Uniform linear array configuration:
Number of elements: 64
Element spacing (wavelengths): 0.5
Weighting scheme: uniform
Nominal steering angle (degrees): -15
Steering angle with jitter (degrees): -15.065
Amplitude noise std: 0.05
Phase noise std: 0.05

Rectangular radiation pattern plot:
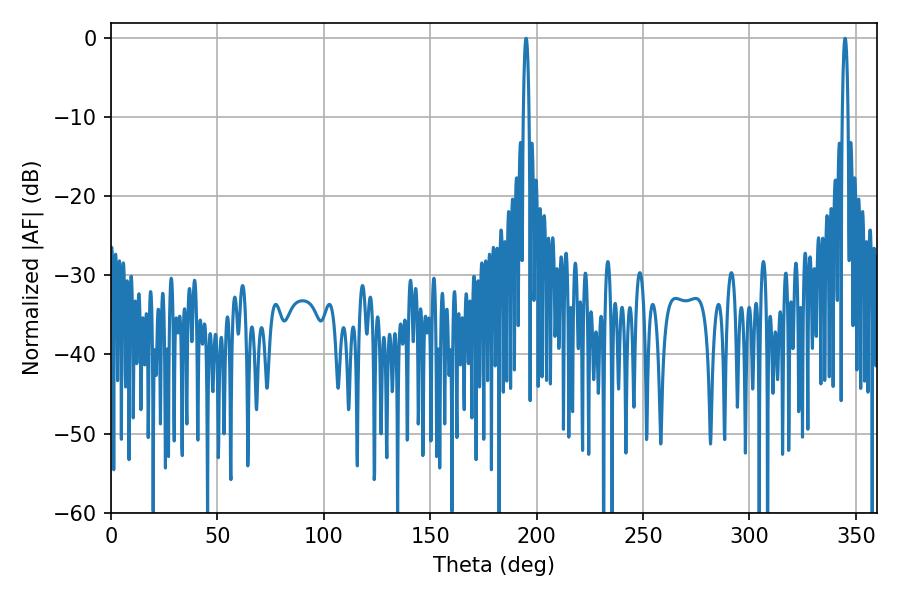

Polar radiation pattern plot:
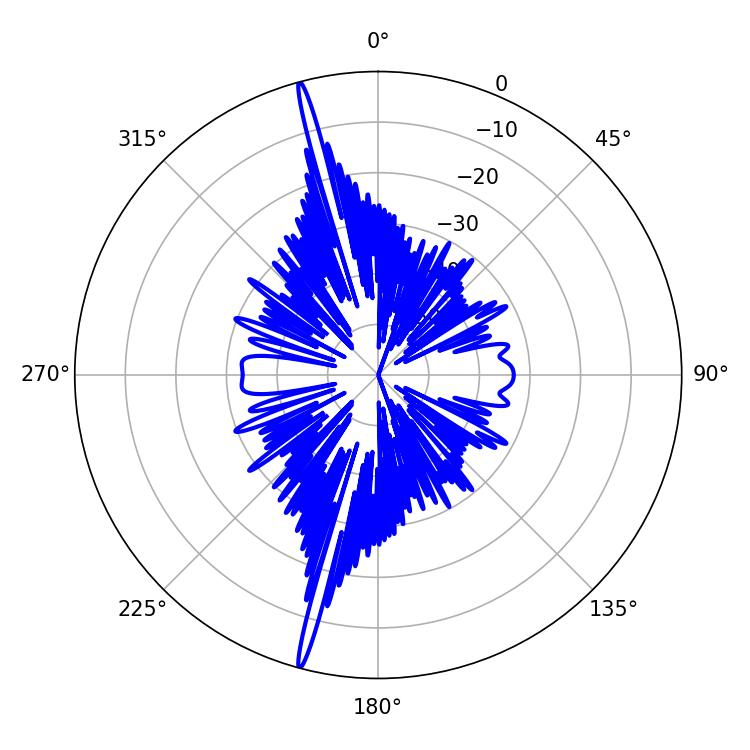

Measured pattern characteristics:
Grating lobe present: FALSE
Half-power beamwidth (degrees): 1.44
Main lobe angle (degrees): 344.88